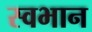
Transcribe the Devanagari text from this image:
स्वभान